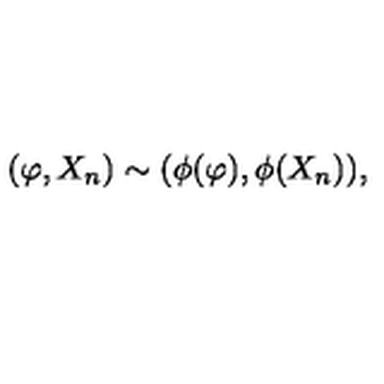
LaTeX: ( \varphi , X _ { n } ) \sim ( \phi ( \varphi ) , \phi ( X _ { n } ) ) ,